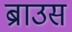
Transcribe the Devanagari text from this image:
ब्राउस